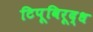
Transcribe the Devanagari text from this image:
टिपूविरूद्ध